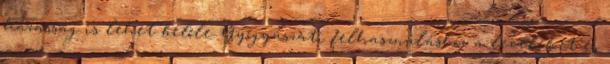
házasság is lehet belőle. Gyógyászati felhasználáshoz a leveleket és